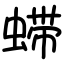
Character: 䗖